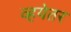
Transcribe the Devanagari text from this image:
व्हयेतर